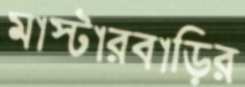
মাস্টারবাড়ির